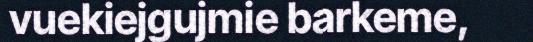
vuekiejgujmie barkeme,